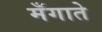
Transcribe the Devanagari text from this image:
मँगाते